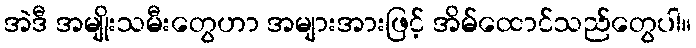
အဲဒီ အမျိုးသမီးတွေဟာ အများအားဖြင့် အိမ်ထောင်သည်တွေပါ။